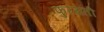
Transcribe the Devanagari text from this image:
फुरसती